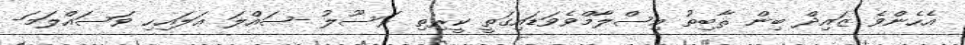
އެހެންވެ ޒައިދް ބިން ޘާބިތު އިސްލާމްވެވަޑައިގަތީ ކީރިތި ރަސޫލު -ޞައްލަ ޢަލައިހި ވަސައްލަމަ-